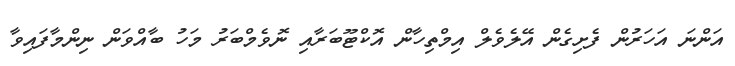
އަންނަ އަހަރުން ފެށިގެން އޭލެވެލް އިމްތިހާން އޮކްޓޫބަރާއި ނޮވެމްބަރު މަހު ބާއްވަން ނިންމާފައިވާ